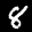
Label: 8